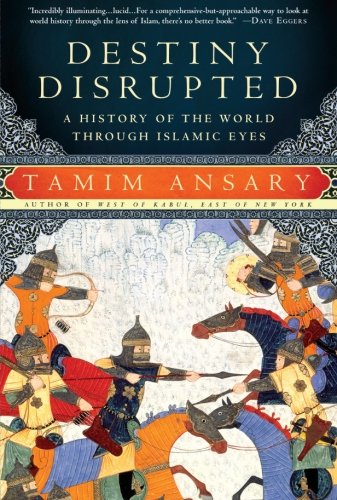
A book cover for Destiny Disrupted: A History of the World Through Islamic Eyes; Tamim Ansary; History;